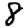
Digit: 8